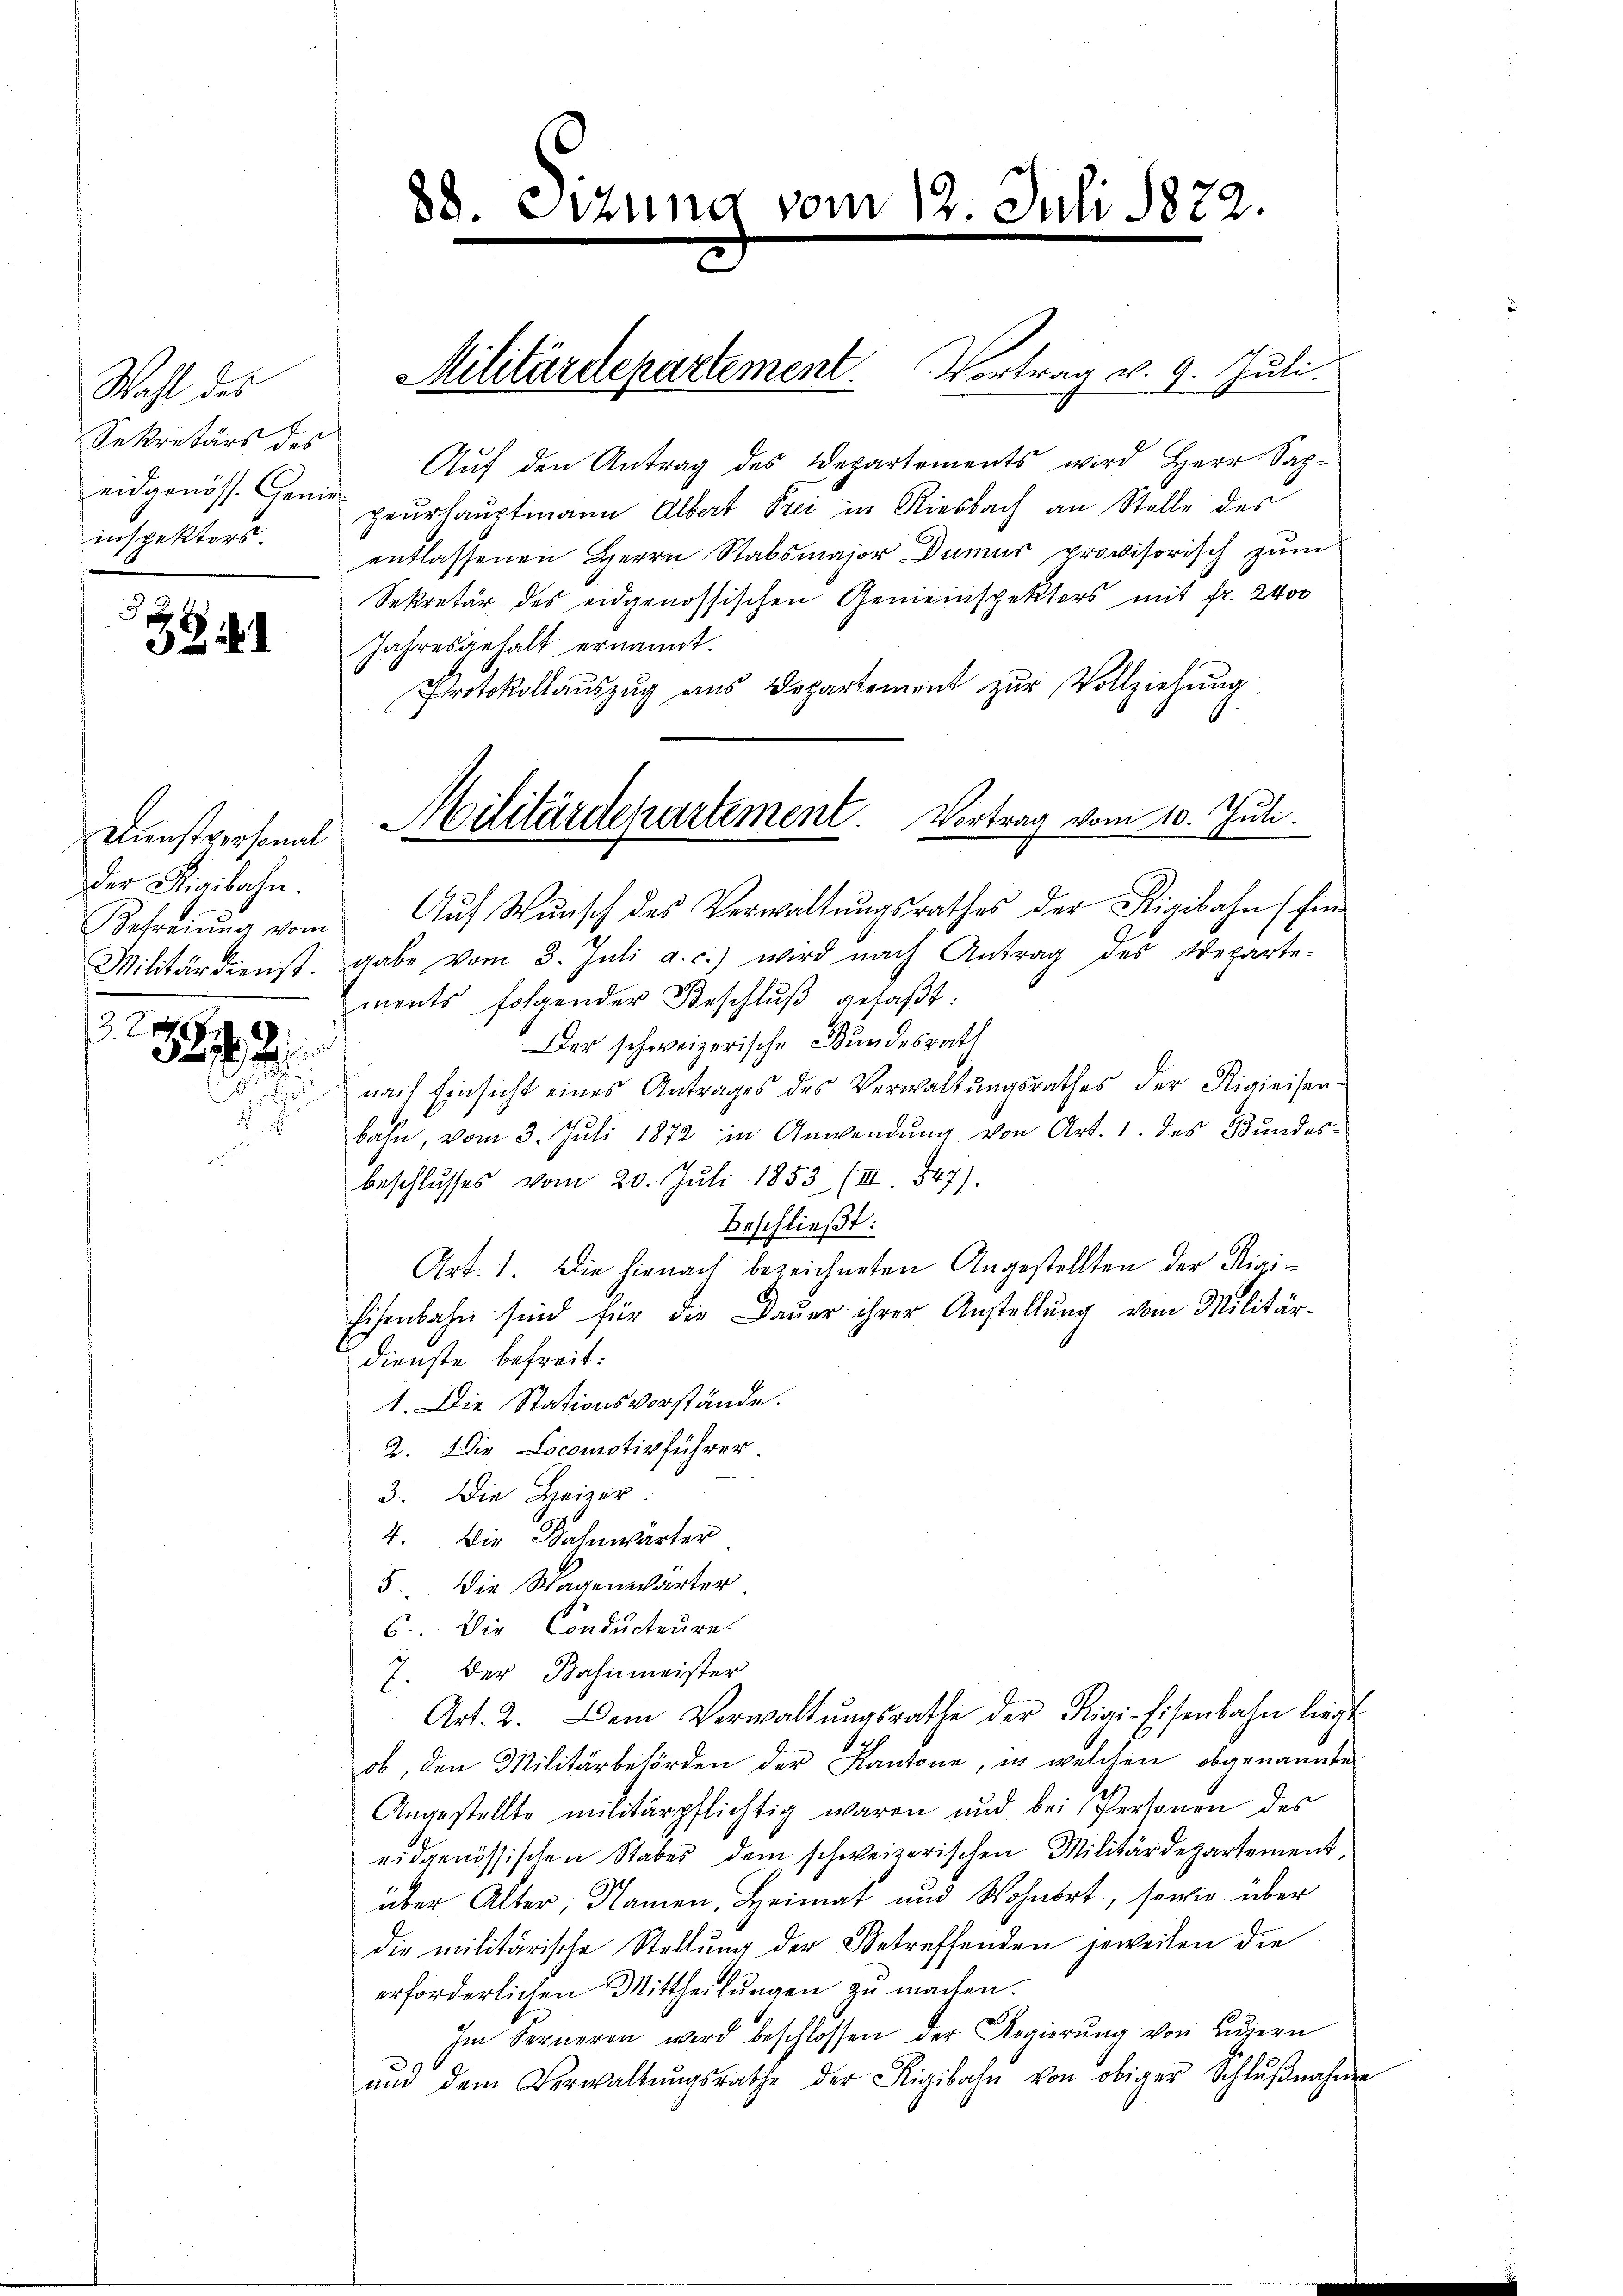
Wahl des
Sekretärs des
eidgenöss. Genieinspektors.

32 18

Der Rigibahn.
24
521. 2

38. Etzung vom 12. Juli 1872.

Militärdepartement. Vortrag v. 9. Juli.
Aŭf den Antrag des Departements wird Herr Sap-
geurhauptmann Albert Prei in Riesbach an Stelle des
entlassenen Herrn Stabsmajor Dumus provisorisch zum
Sekretär des eidgenössischen Gemeinspektors mit fr. 2400
Jahresgehalt ernannt.
Protokollauszug aus Departement zur Vollziehung.
Befreiung vom Aŭf Wunsch des Verwaltŭngsrathes der Rigibahn (fin-
Militärdienst. gabe vom 3. Juli a. c.) wird nach Antrag des Wegarte-
ments folgender Beschluß gefaßt:
Der schweizerische Bundesrath
 dir nach Einsicht eines Antrages des Verwaltungsrathes der Rigieisen-
bahn, vom 3. Juli 1872 in Anwendung von Art. 1. des Bundesbeschlusses vom 20. Juli 1853 (III. 547).
Beschließt:
Art. 1. Die hienach bezeichneten Angestellten der Rigi¬
Eisenbahn sind für die Daŭer ihrer Anstellŭng vom Militär-
dienste befreit:
1. Die Stationsvorstände.
2. Die Locomotivführer.
3. Die Heizer
4. Die Bahnwärter
8 Die Wagenwärter
6. Die Conducteure.
7. Der Bahnmeister
Art. 2. Dem Verwaltŭngsrathe der Rigi-Eisenbahn liegt
ob, den Militärbehörden der Kantone, in welchen obgenannte
Angestellte militärpflichtig waren und bei Personen des
eidgenössischen Stabes dem schweizerischen Militärdepartement,
über Alter, Namen, Heimat und Wohnort, sowie über
die militärische Stellung der Betreffenden jeweilen die
erforderlichen Mittheilungen zu machen.
Im Ferneren wird beschlossen der Regierŭng von Luzern
ŭm dem Verwaltŭngsrathe der Rigibahn von obiger Schlŭβnahme

Kunstpersonal Militärdepartement. Vortrag vom 10. Juli.